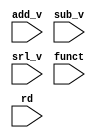
module mux
(
	input     [31:0] add_v, sub_v, srl_v,
	input     [5:0] funct,
   input     [4:0] rd
);

always@ (*) begin
	case ( funct )
		6'b100000 : begin
		glob.r[rd] <= add_v;
		end
		6'b100010 : begin
		glob.r[rd] <= sub_v;
		end
		6'b000010 : begin
		glob.r[rd] <= srl_v;
		end
	endcase
end
	
endmodule